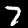
Label: 7